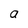
Character: a